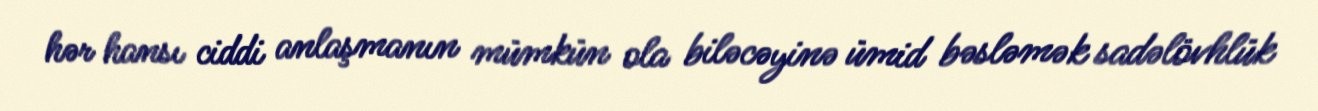
hər hansı ciddi anlaşmanın mümkün ola biləcəyinə ümid bəsləmək sadəlövhlük